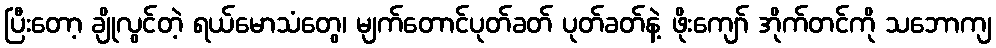
ပြီးတော့ ချိုလွင်တဲ့ ရယ်မောသံတွေ၊ မျက်တောင်ပုတ်ခတ် ပုတ်ခတ်နဲ့ ဖိုးကျော် အိုက်တင်ကို သဘောကျ